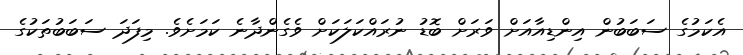
އެކަމުގެ ސަބަބުން އިންޑިއާއަށް ވަރަށް ބޮޑު ނުރައްކަލަކަށް ވެގެންދާނެ ކަމަށެވެ. މިފަދަ ސަބަބުތަކުގެ